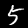
Label: 5